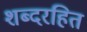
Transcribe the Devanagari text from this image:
शब्दरहित